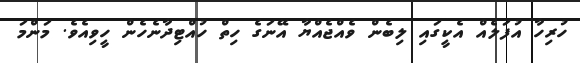
ހުރިހާ އުފަލެއް އެކީގައި ލިބެން ވެއްޖެއްޔާ އޭނަގެ ހިތް ހުއްޓިދާނެހެން ހީވިއެވެ. މަންމަ